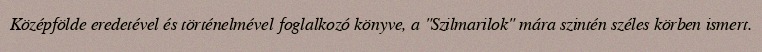
Középfölde eredetével és történelmével foglalkozó könyve, a "Szilmarilok" mára szintén széles körben ismert.